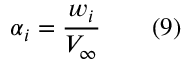
\alpha _ { i } = { \frac { w _ { i } } { V _ { \infty } } } \qquad ( 9 )